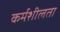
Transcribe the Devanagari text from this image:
कर्मशीलता